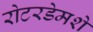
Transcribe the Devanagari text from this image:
रोटरडेमशे